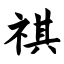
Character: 祺